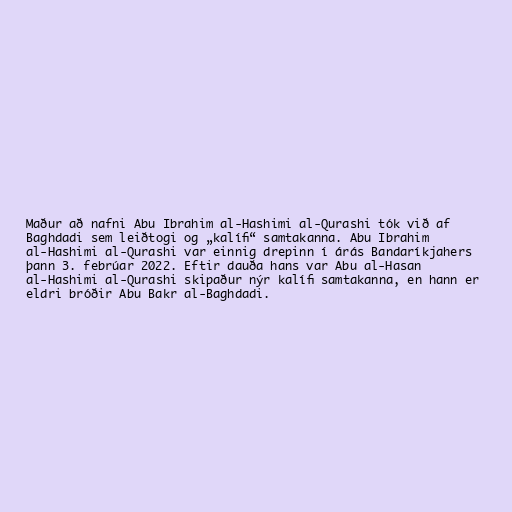
Maður að nafni Abu Ibrahim al-Hashimi al-Qurashi tók við af
Baghdadi sem leiðtogi og „kalífi“ samtakanna. Abu Ibrahim
al-Hashimi al-Qurashi var einnig drepinn í árás Bandaríkjahers
þann 3. febrúar 2022. Eftir dauða hans var Abu al-Hasan
al-Hashimi al-Qurashi skipaður nýr kalífi samtakanna, en hann er
eldri bróðir Abu Bakr al-Baghdadi.